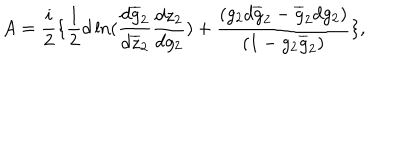
A = \frac { i } { 2 } \{ \frac { 1 } { 2 } d \ln ( \frac { d \overline { { { g } } } _ { 2 } } { d \overline { { { z } } } _ { 2 } } \frac { d z _ { 2 } } { d g _ { 2 } } ) + \frac { ( g _ { 2 } d \overline { { { g } } } _ { 2 } - \overline { { { g } } } _ { 2 } d g _ { 2 } ) } { ( 1 - g _ { 2 } \overline { { { g } } } _ { 2 } ) } \} ,